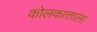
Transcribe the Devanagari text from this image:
कोलकात्ताला